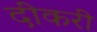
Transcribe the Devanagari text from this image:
दीकरी